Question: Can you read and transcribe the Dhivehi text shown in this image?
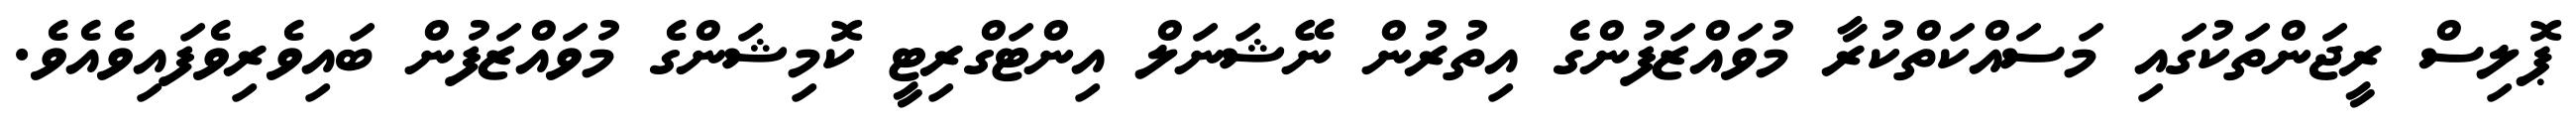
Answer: ޕޮލިސް ރީޖަންތަކުގައި މަސައްކަތްކުރާ މުވައްޒަފުންގެ އިތުރުން ނޭޝަނަލް އިންޓަގްރިޓީ ކޮމިޝަންގެ މުވައްޒަފުން ބައިވެރިވެފައިވެއެވެ.